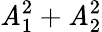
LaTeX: \mathit{A}_{1}^{2}+\mathit{A}_{2}^{2}